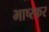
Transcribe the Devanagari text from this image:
भाष्स्कर